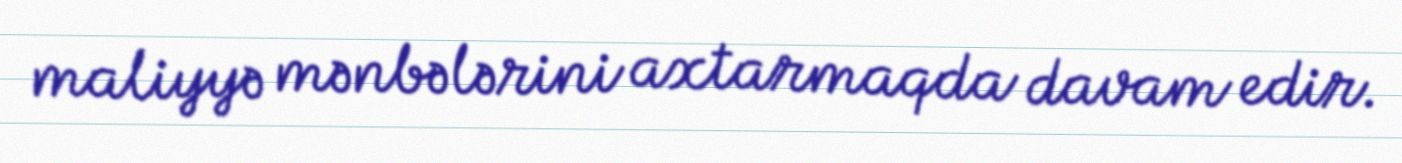
maliyyə mənbələrini axtarmaqda davam edir.